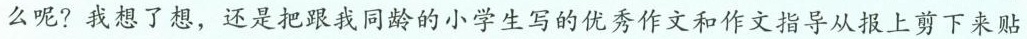
么呢?我想了想，还是把跟我同龄的小学生写的优秀作文和作文指导从报上剪下来贴